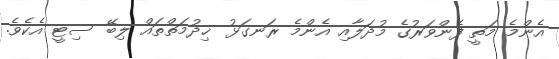
އެންމެ މަތީ ފެންވަރުގެ މުދަލާއި އެންމެ ރަނގަޅު ޚިދުމަތްތައް ލިބޭ ސިޓީ އެކެވެ.